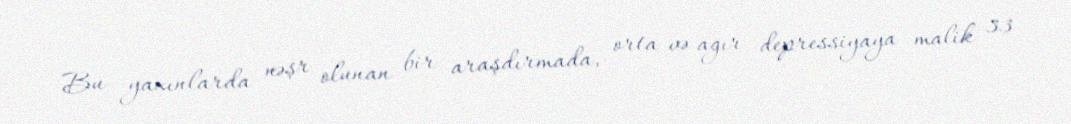
Bu yaxınlarda nəşr olunan bir araşdırmada, orta və ağır depressiyaya malik 33